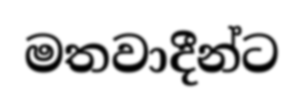
මතවාදීන්ට